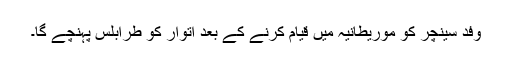
وفد سینچر کو موریطانیہ میں قیام کرنے کے بعد اتوار کو طرابلس پہنچے گا۔